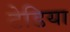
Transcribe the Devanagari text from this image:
टेडिया